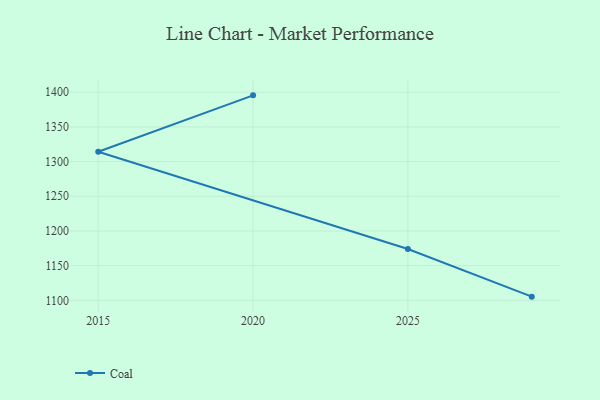
{"axis": {"x": "Year", "y": "Energy Usage (MWh)"}, "legend": ["Coal"], "data": [{"x": "2029", "y": 1105.3, "type": "Coal"}, {"x": "2025", "y": 1174.0, "type": "Coal"}, {"x": "2015", "y": 1314.2, "type": "Coal"}, {"x": "2020", "y": 1395.5, "type": "Coal"}]}